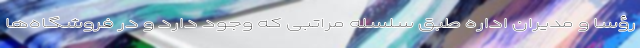
رؤسا و مدیران اداره طبق سلسله مراتبی که وجود دارد و در فروشگاه‌ها